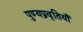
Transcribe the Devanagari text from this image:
पुण्यप्रवृतियाँ